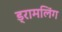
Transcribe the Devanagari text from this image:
ड्रामलिंग